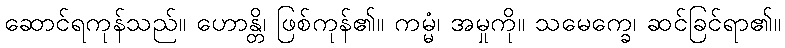
ဆောင်ရကုန်သည်။ ဟောန္တိ၊ ဖြစ်ကုန်၏။ ကမ္မံ၊ အမှုကို။ သမေက္ခေ၊ ဆင်ခြင်ရာ၏။